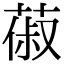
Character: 𦵦